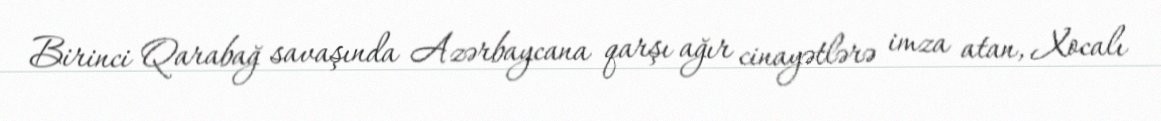
Birinci Qarabağ savaşında Azərbaycana qarşı ağır cinayətlərə imza atan, Xocalı